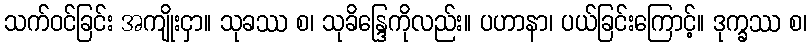
သက်ဝင်ခြင်း အကျိုးငှာ။ သုခဿ စ၊ သုခိန္ဒြေကိုလည်း။ ပဟာနာ၊ ပယ်ခြင်းကြောင့်။ ဒုက္ခဿ စ၊